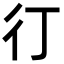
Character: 㣔